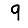
Digit: 9